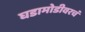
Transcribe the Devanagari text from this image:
घडामोडीवरचं